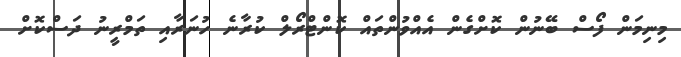
މިނިމަން ފޯސް ބޭނުން ކޮށްގެން އެއްވުންތައް ކޮންޓްރޯލް ކުރާނެ ހުނަރާއި ތަމްރީނު ދަސްކޮށް